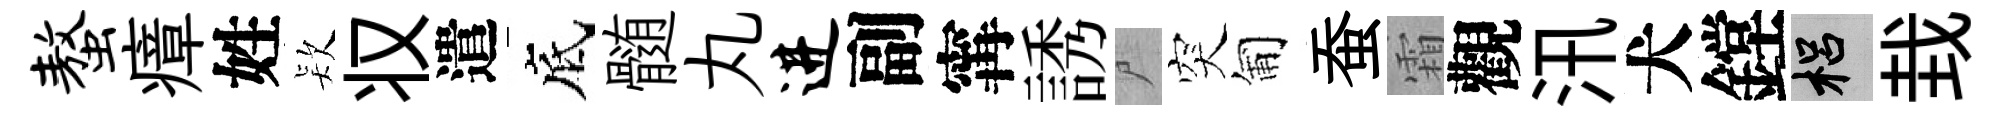
螯瘴姓𣣇𠬧遣底髄丸进副𡩋誘尸突匍蚕霜觀汛犬鏜梠㘽